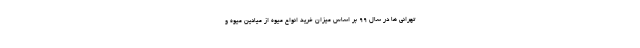
تهرانی ها در سال 99 بر اساس میزان خرید انواع میوه از میادین میوه و